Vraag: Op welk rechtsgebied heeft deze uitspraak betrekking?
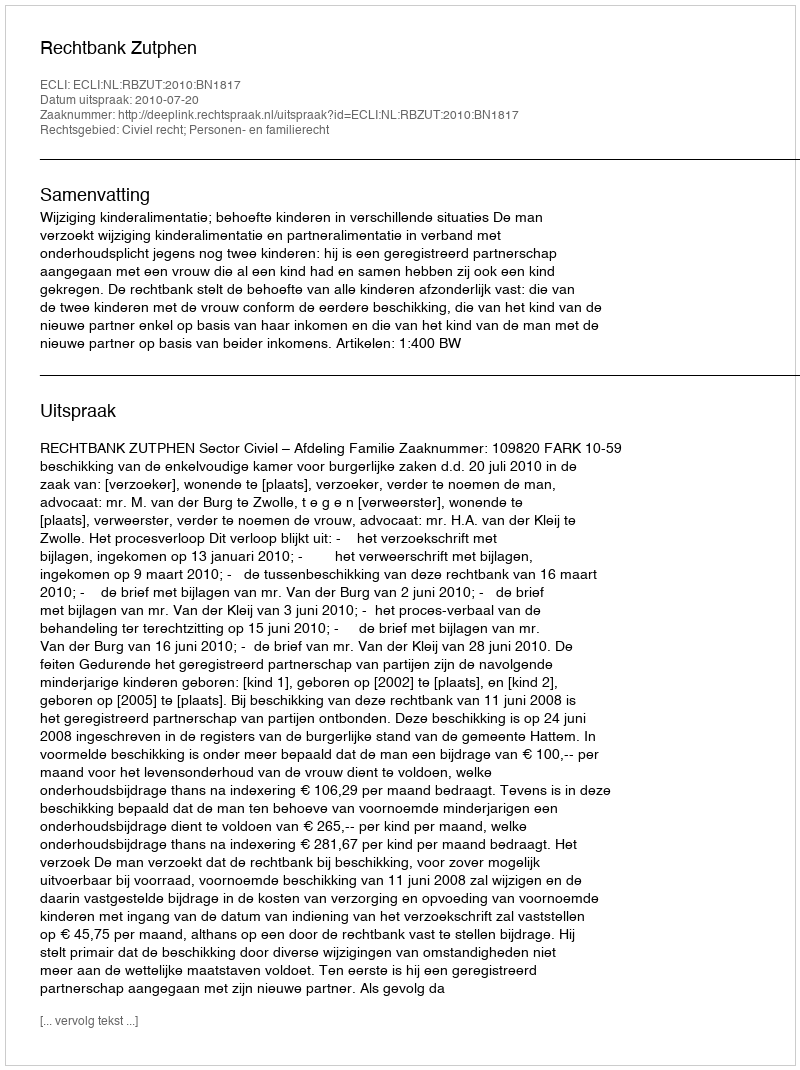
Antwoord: Civiel recht; Personen- en familierecht